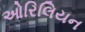
ઓરિલિયન